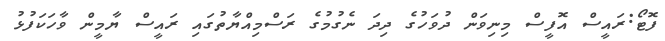
ފޮޓޯ:ރައީސް އޮފީސް މިނިވަން ދުވަހުގެ ދިދަ ނެގުމުގެ ރަސްމިއްޔާތުގައި ރައީސް ޔާމީން ވާހަކަފުޅު